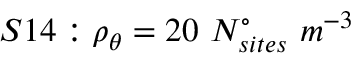
S 1 4 : \rho _ { \theta } = 2 0 \ N _ { s i t e s } ^ { \circ } \ m ^ { - 3 }